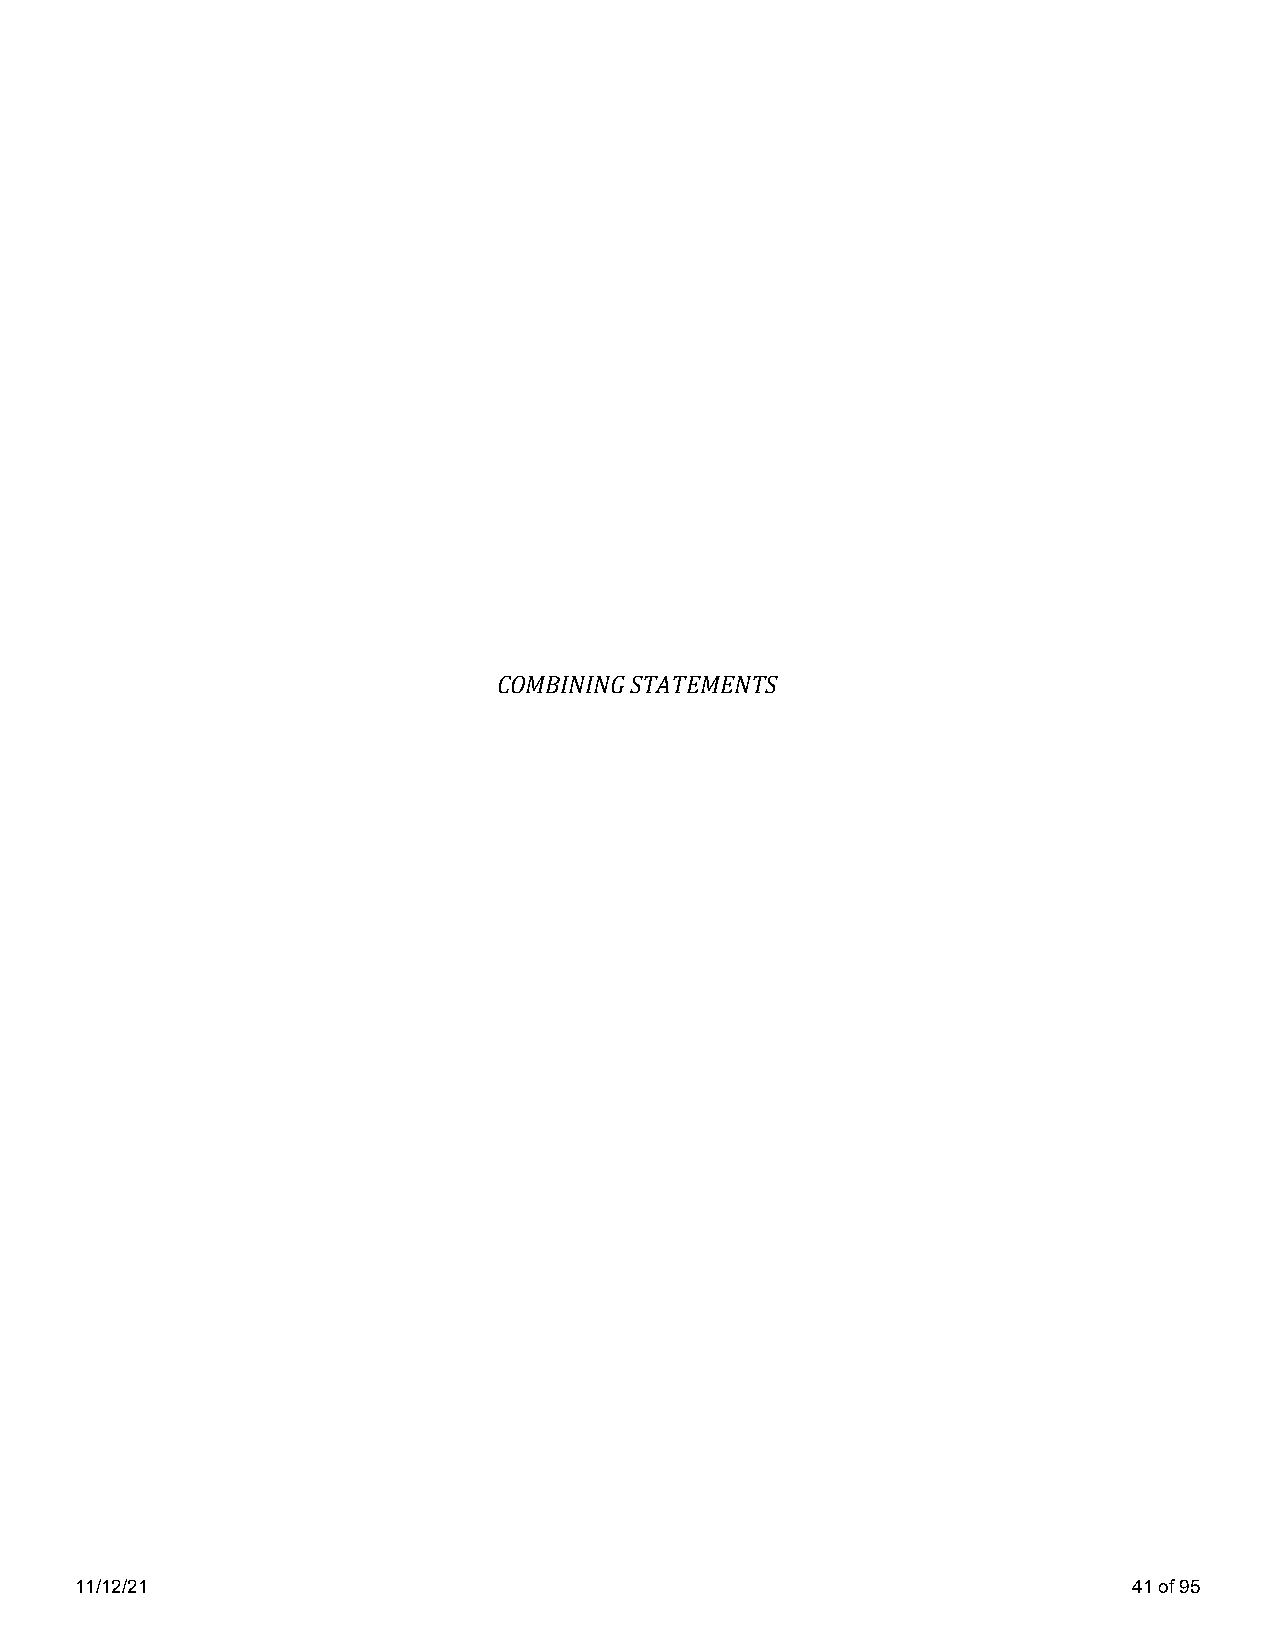
COMBINING STATEMENTS
 11/12/21                                                              41 of 95